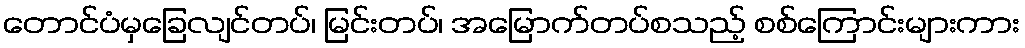
တောင်ပံမှခြေလျင်တပ်၊ မြင်းတပ်၊ အမြောက်တပ်စသည့် စစ်ကြောင်းများကား